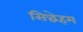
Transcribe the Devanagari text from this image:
सिद्धेहम